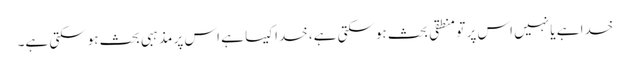
خدا ہے یا نہیں اس پر تو منطقی بحث ہوسکتی ہے، خدا کیسا ہے اس پر مذہبی بحث ہوسکتی ہے۔